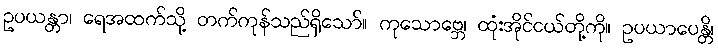
ဥပယန္တာ၊ ရေအထက်သို့ တက်ကုန်သည်ရှိသော်။ ကုသောဗ္ဘေ၊ ထုံးအိုင်ငယ်တို့ကို။ ဥပယာပေန္တိ၊